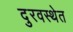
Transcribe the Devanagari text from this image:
दुरवस्थेत